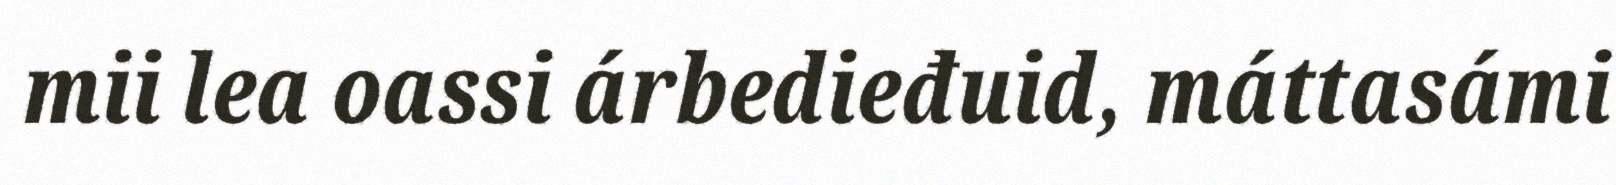
mii lea oassi árbedieđuid, máttasámi